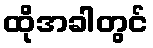
ထိုအခါတွင်